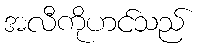
အလီကိုဟင်သည်